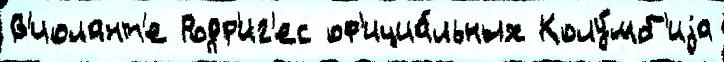
В'иолант'е Родр'иг'ес оф'ициа́льных Колу́мб'иjа